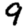
Digit: 9